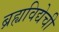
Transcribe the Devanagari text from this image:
ब्रह्यविद्येची